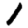
Digit: 1